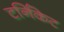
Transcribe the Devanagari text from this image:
टर्निकेट